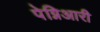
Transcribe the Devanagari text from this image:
पेग्निआरी